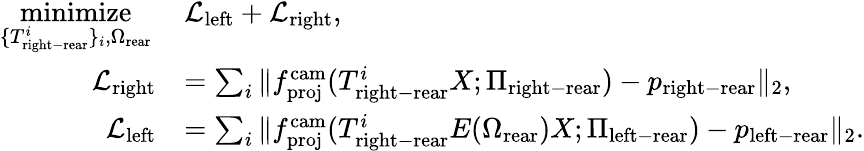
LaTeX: \begin{array}{rl}{\underset{\{ T_{\mathrm{right-rear}}^{i}\} _{i},\Omega_{\mathrm{rear}}}{\mathrm{minimize}}\, }&{\mathcal{L}_{\mathrm{left}}+\mathcal{L}_{\mathrm{right}},}\\ {\mathcal{L}_{\mathrm{right}}}&{=\sum_{i}\| f_{\mathrm{proj}}^{\mathrm{cam}}(T_{\mathrm{right-rear}}^{i}X;\Pi_{\mathrm{right-rear}})-p_{\mathrm{right-rear}}\| _{2},}\\ {\mathcal{L}_{\mathrm{left}}}&{=\sum_{i}\| f_{\mathrm{proj}}^{\mathrm{cam}}(T_{\mathrm{right-rear}}^{i}E(\Omega_{\mathrm{rear}})X;\Pi_{\mathrm{left-rear}})-p_{\mathrm{left-rear}}\| _{2}.}\end{array}